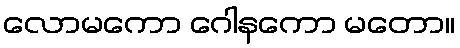
လောမကော ဂေါနကော မတော။